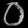
Digit: ၀